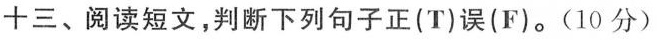
十三、阅读短文，判断下列句子正(T)误(F)。(10 分)